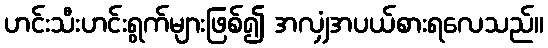
ဟင်းသီးဟင်းရွက်များဖြစ်၍ အလျှံအပယ်စားရလေသည်။